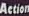
Action